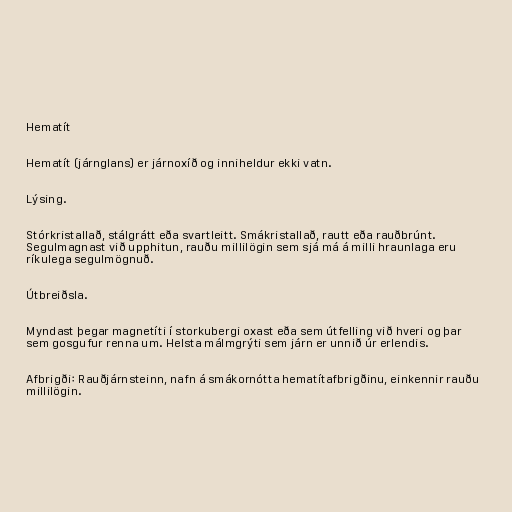
Hematít

Hematít (járnglans) er járnoxíð og inniheldur ekki vatn.

Lýsing.

Stórkristallað, stálgrátt eða svartleitt. Smákristallað, rautt eða rauðbrúnt.
Segulmagnast við upphitun, rauðu millilögin sem sjá má á milli hraunlaga eru
ríkulega segulmögnuð.

Útbreiðsla.

Myndast þegar magnetíti í storkubergi oxast eða sem útfelling við hveri og þar
sem gosgufur renna um. Helsta málmgrýti sem járn er unnið úr erlendis.

Afbrigði: Rauðjárnsteinn, nafn á smákornótta hematítafbrigðinu, einkennir rauðu
millilögin.